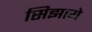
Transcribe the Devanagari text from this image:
सिझाये